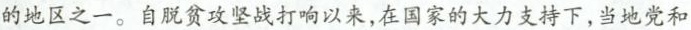
的地区之一。自脱贫攻坚战打响以来，在国家的大力支持下，当地党和